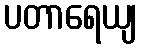
ပတာရေယျ